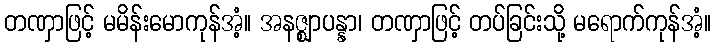
တဏှာဖြင့် မမိန်းမောကုန်အံ့။ အနဇ္ဈာပန္နာ၊ တဏှာဖြင့် တပ်ခြင်းသို့ မရောက်ကုန်အံ့။